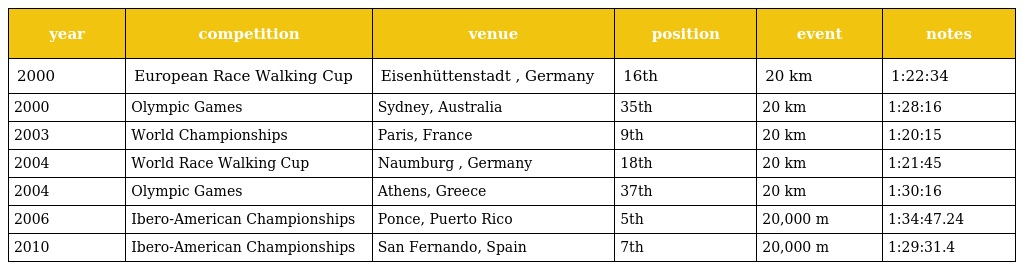
| year | competition | venue | position | event | notes |
 | --- | --- | --- | --- | --- | --- |
 | 2000 | European Race Walking Cup | Eisenhüttenstadt , Germany | 16th | 20 km | 1:22:34 |
 | 2000 | Olympic Games | Sydney, Australia | 35th | 20 km | 1:28:16 |
 | 2003 | World Championships | Paris, France | 9th | 20 km | 1:20:15 |
 | 2004 | World Race Walking Cup | Naumburg , Germany | 18th | 20 km | 1:21:45 |
 | 2004 | Olympic Games | Athens, Greece | 37th | 20 km | 1:30:16 |
 | 2006 | Ibero-American Championships | Ponce, Puerto Rico | 5th | 20,000 m | 1:34:47.24 |
 | 2010 | Ibero-American Championships | San Fernando, Spain | 7th | 20,000 m | 1:29:31.4 |